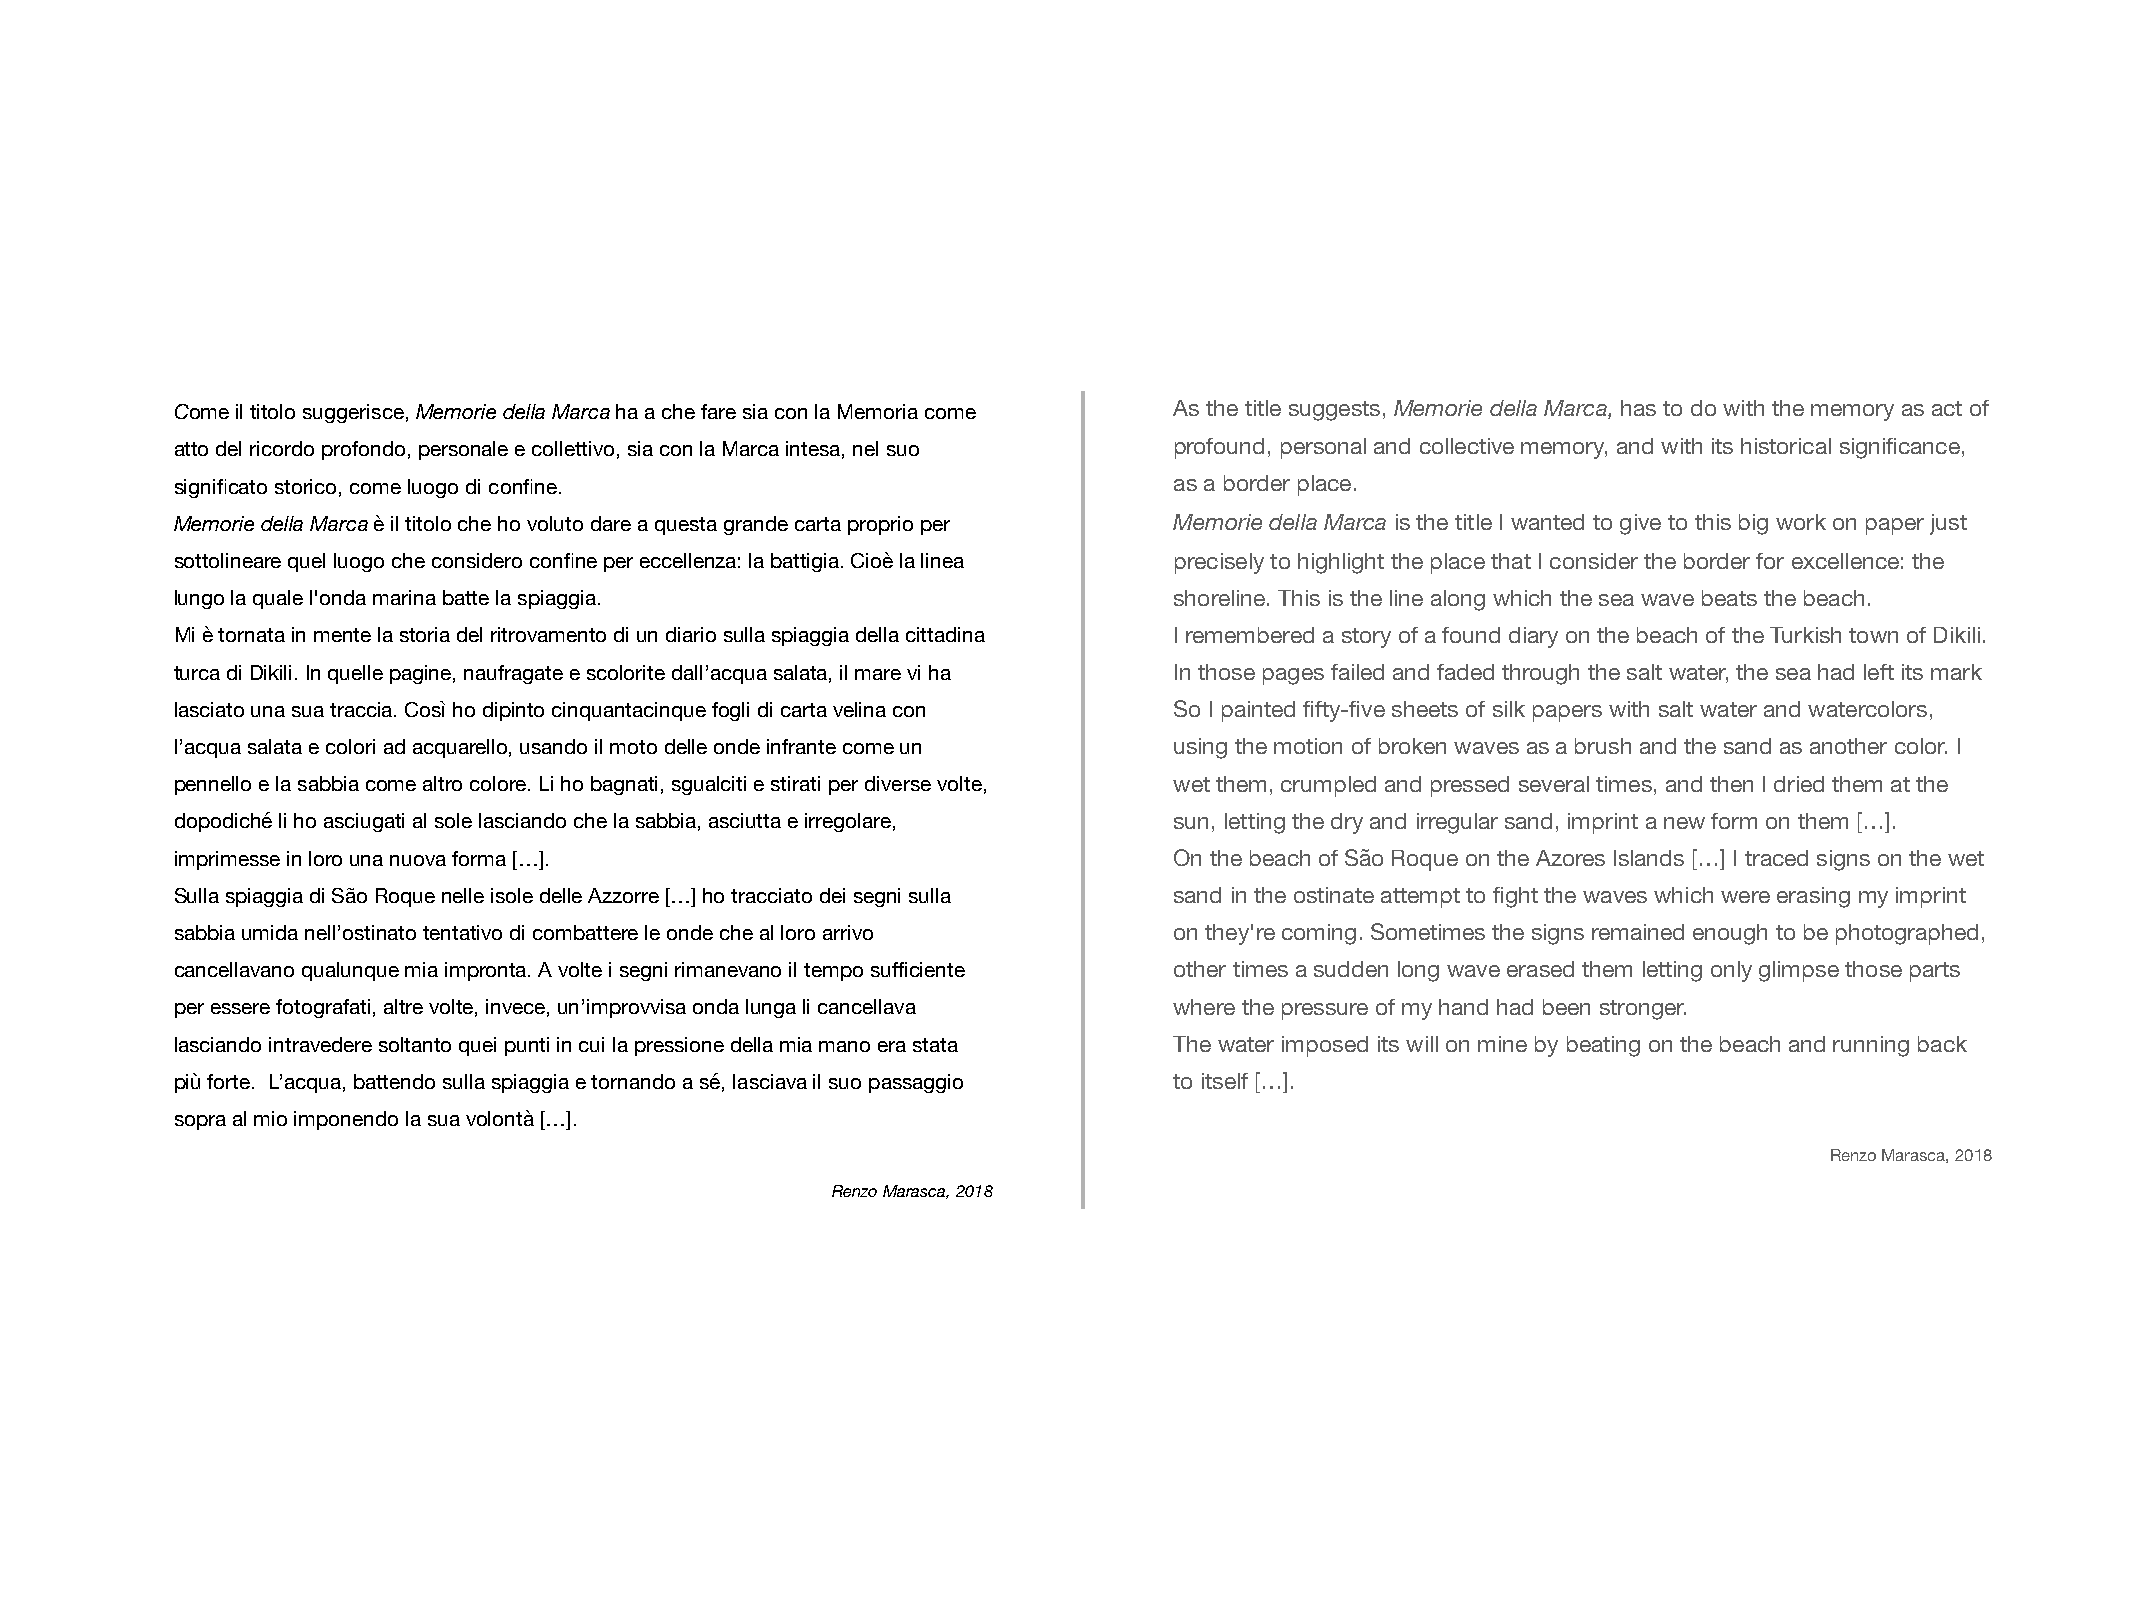
Come il titolo suggerisce, Memorie della Marca ha a che fare sia con la Memoria come As the title suggests, Memorie della Marca, has to do with the memory as act of
 atto del ricordo profondo, personale e collettivo, sia con la Marca intesa, nel suo profound, personal and collective memory, and with its historical significance,
 significato storico, come luogo di confine.                       as a border place.
 Memorie della Marca è il titolo che ho voluto dare a questa grande carta proprio per Memorie della Marca is the title I wanted to give to this big work on paper just
 sottolineare quel luogo che considero confine per eccellenza: la battigia. Cioè la linea precisely to highlight the place that I consider the border for excellence: the
 lungo la quale l'onda marina batte la spiaggia.                   shoreline. This is the line along which the sea wave beats the beach.
 Mi è tornata in mente la storia del ritrovamento di un diario sulla spiaggia della cittadina I remembered a story of a found diary on the beach of the Turkish town of Dikili.
 turca di Dikili. In quelle pagine, naufragate e scolorite dall’acqua salata, il mare vi ha In those pages failed and faded through the salt water, the sea had left its mark
 lasciato una sua traccia. Così ho dipinto cinquantacinque fogli di carta velina con So I painted fifty-five sheets of silk papers with salt water and watercolors,
 l’acqua salata e colori ad acquarello, usando il moto delle onde infrante come un using the motion of broken waves as a brush and the sand as another color. I
 pennello e la sabbia come altro colore. Li ho bagnati, sgualciti e stirati per diverse volte, wet them, crumpled and pressed several times, and then I dried them at the
 dopodiché li ho asciugati al sole lasciando che la sabbia, asciutta e irregolare, sun, letting the dry and irregular sand, imprint a new form on them […].
 imprimesse in loro una nuova forma […].                           On the beach of São Roque on the Azores Islands […] I traced signs on the wet
 Sulla spiaggia di São Roque nelle isole delle Azzorre […] ho tracciato dei segni sulla sand in the ostinate attempt to fight the waves which were erasing my imprint
 sabbia umida nell’ostinato tentativo di combattere le onde che al loro arrivo on they're coming. Sometimes the signs remained enough to be photographed,
 cancellavano qualunque mia impronta. A volte i segni rimanevano il tempo sufficiente other times a sudden long wave erased them letting only glimpse those parts
 per essere fotografati, altre volte, invece, un’improvvisa onda lunga li cancellava where the pressure of my hand had been stronger.
 lasciando intravedere soltanto quei punti in cui la pressione della mia mano era stata The water imposed its will on mine by beating on the beach and running back
 più forte. L’acqua, battendo sulla spiaggia e tornando a sé, lasciava il suo passaggio to itself […].
 sopra al mio imponendo la sua volontà […].
 Renzo Marasca, 2018
 Renzo Marasca, 2018